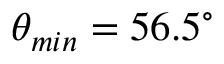
\theta _ { m i n } = 5 6 . 5 ^ { \circ }